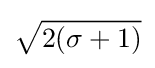
{\sqrt {2(\sigma +1){\vphantom {/}}}}